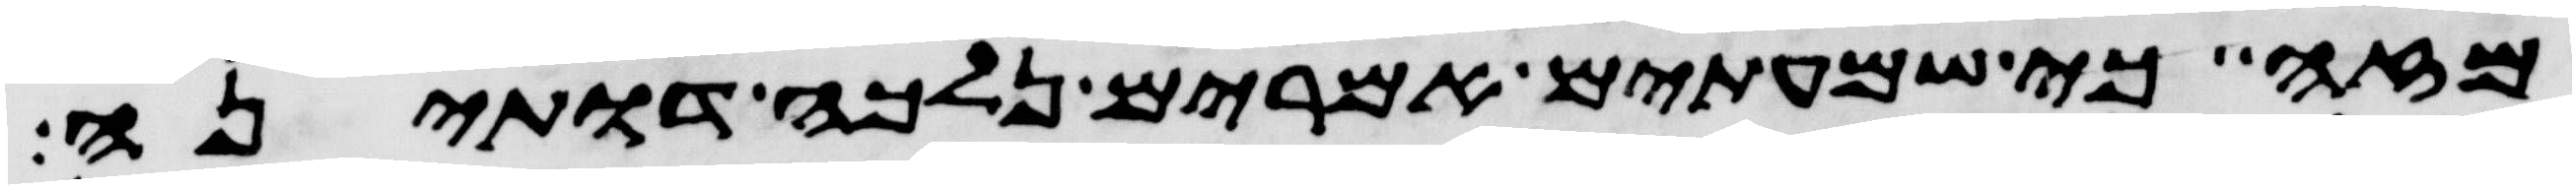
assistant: מזה כי שמעתים אמרים נלכה דותינה